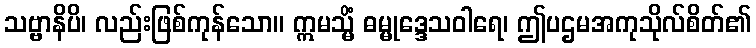
သဗ္ဗာနိပိ၊ လည်းဖြစ်ကုန်သော။ ဣမသ္မိံ ဓမ္မုဒ္ဒေသဝါရေ၊ ဤပဌမအကုသိုလ်စိတ်၏